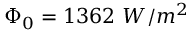
\Phi _ { 0 } = 1 3 6 2 \ W / m ^ { 2 }